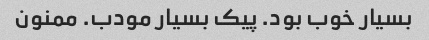
بسیار خوب بود. پیک بسیار مودب. ممنون